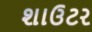
શાઉટર